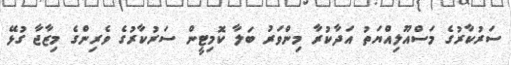
ސަރުކާރުގެ މަސްއޫލިއްޔަތު އަދާކުރާ މިންވަރު ބަލާ ކޮމިޓީން ސަރުކާރުގެ ވެރިންގެ މިޒާޖާ ގުޅޭ